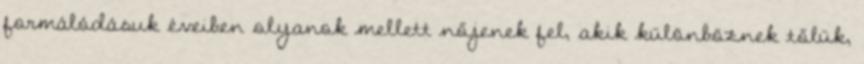
formálódásuk éveiben olyanok mellett nőjenek fel, akik különböznek tőlük,